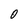
Character: 0